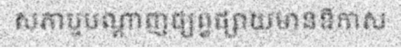
សភាឬបណ្តាញផ្សព្វផ្សាយមានឱកាស